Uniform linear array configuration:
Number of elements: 8
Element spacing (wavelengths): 0.5
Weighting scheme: binomial
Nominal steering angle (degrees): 45
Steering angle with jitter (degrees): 43.244
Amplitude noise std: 0.05
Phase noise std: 0.05

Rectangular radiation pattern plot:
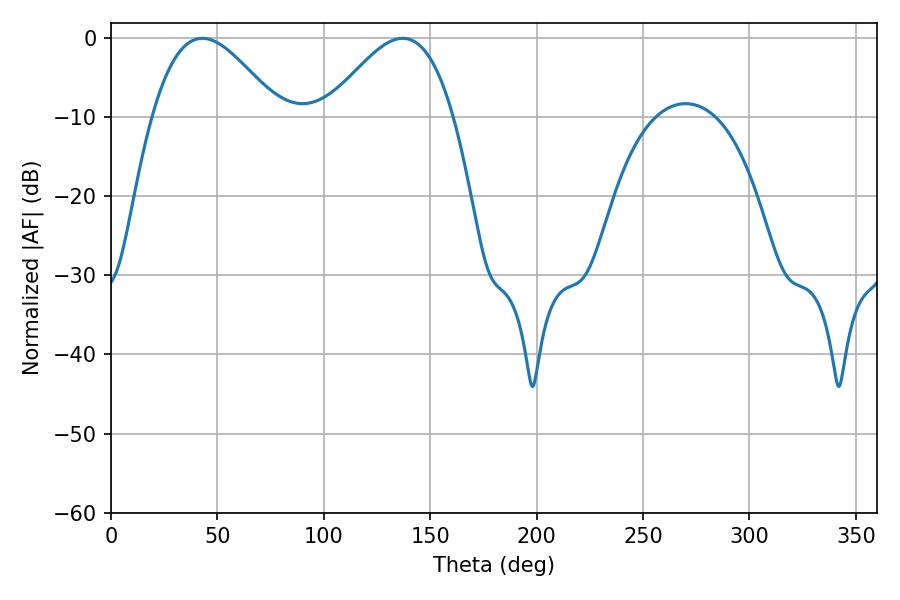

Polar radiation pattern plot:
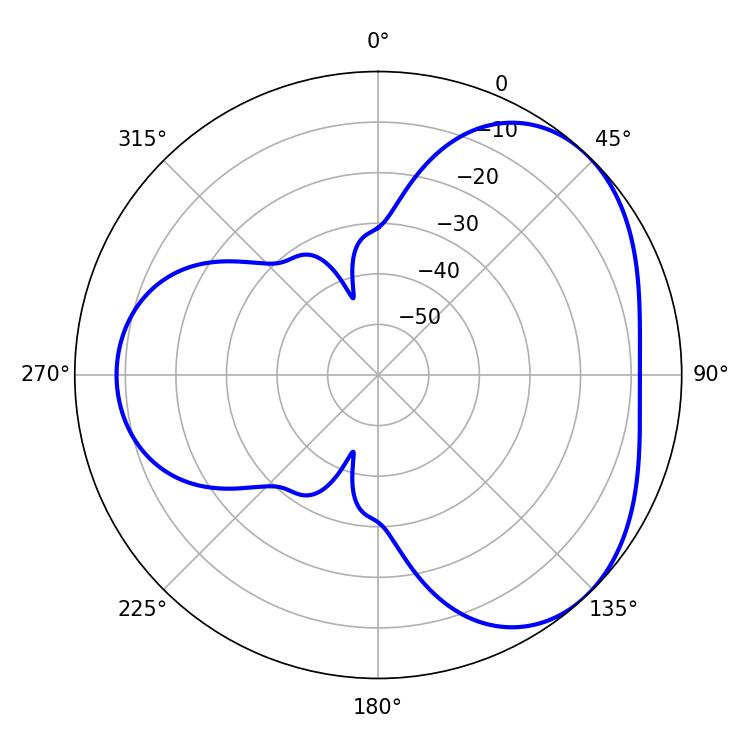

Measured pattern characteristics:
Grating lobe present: FALSE
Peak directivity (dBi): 3.904
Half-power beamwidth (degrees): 31.86
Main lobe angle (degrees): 42.84